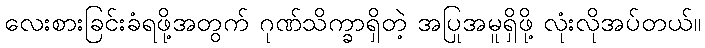
လေးစားခြင်းခံရဖို့အတွက် ဂုဏ်သိက္ခာရှိတဲ့ အပြုအမူရှိဖို့ လုံးလိုအပ်တယ်။